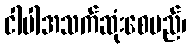
ငါပါအသက်ဆုံးစေမည်၊